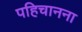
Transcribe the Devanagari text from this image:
पहिचानना